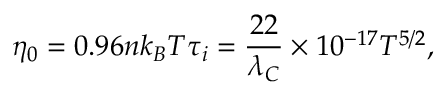
\eta _ { 0 } = 0 . 9 6 n k _ { B } T \tau _ { i } = \frac { 2 2 } { \lambda _ { C } } \times 1 0 ^ { - 1 7 } T ^ { 5 / 2 } ,